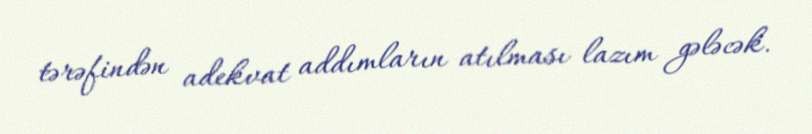
tərəfindən adekvat addımların atılması lazım gələcək.